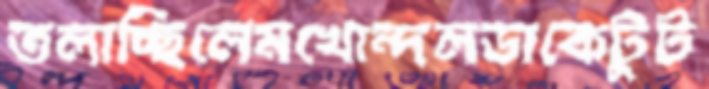
তলাচ্ছিলেমখোন্দলডাকেটুট